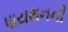
પાયથનની